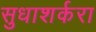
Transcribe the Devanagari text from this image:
सुधाशर्करा